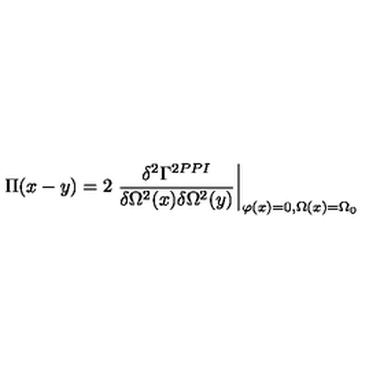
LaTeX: \Pi ( x - y ) = 2 \left. \frac { \delta ^ { 2 } \Gamma ^ { 2 P P I } } { \delta \Omega ^ { 2 } ( x ) \delta \Omega ^ { 2 } ( y ) } \right| _ { \varphi ( x ) = 0 , \Omega ( x ) = \Omega _ { 0 } }